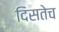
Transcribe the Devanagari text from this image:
दिसतेच